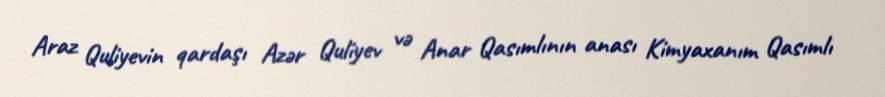
Araz Quliyevin qardaşı Azər Quliyev və Anar Qasımlının anası Kimyaxanım Qasımlı